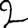
Digit: 2